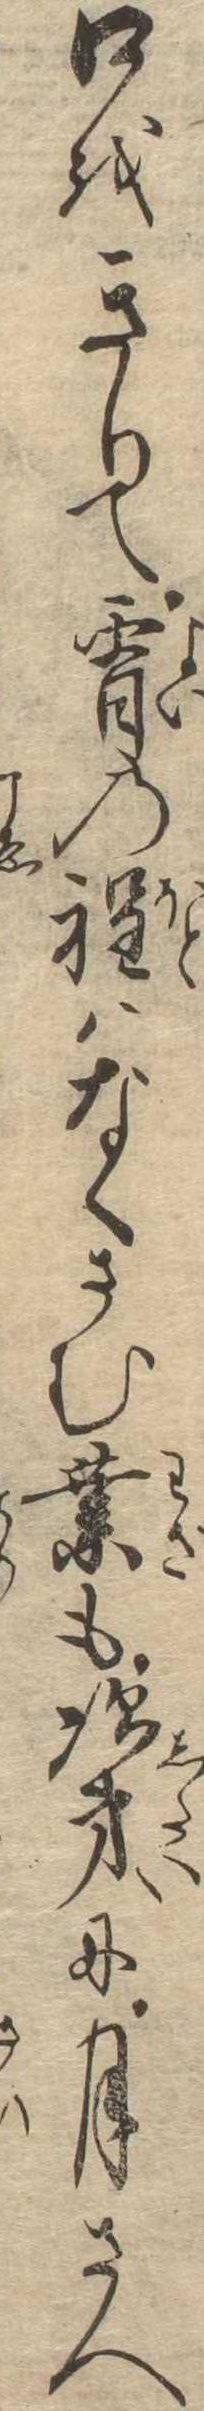
口をきりて宵の程はなくさむ業も次第に月さへ